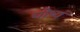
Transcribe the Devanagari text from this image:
चोष्यं